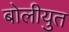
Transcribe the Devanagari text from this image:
बोलीयुत